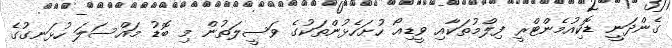
ގެންދަނީ ޑޮކިއުމެންޓްރީ ފިލްމުތަކާއި ވީޑިއޯ ހުށަހެޅުންތަކުގެ ވަސީލަތުން މި ބޮޑު މައްސަލަ ހުޅަނގުގެ